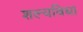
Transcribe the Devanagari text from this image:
शल्यविद्या